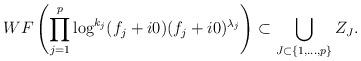
LaTeX: \begin{align*}WF\left(\prod_{j=1}^p\log^{k_j}(f_j+i0)(f_j+i0)^{\lambda_j}\right)\subset\bigcup_{J\subset \{1,\dots,p\}}Z_J.\end{align*}